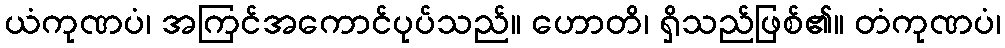
ယံကုဏပံ၊ အကြင်အကောင်ပုပ်သည်။ ဟောတိ၊ ရှိသည်ဖြစ်၏။ တံကုဏပံ၊